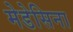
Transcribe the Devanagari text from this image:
मेडेसिना